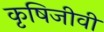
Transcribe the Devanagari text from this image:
कृषिजीवी